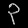
Digit: ၃